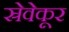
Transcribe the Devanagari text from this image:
स्रेवेकूर